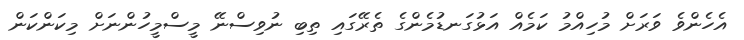
އެހެންވެ ވަރަށް މުހިއްމު ކަމެއް އަޅުގަނޑުމެންގެ ތެރޭގައި ތިބި ނުވިސްނޭ މީސްމީހުންނަށް މިކަންކަން